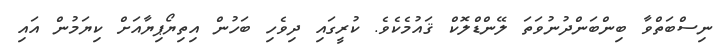
ނިސްބަތްވާ ބިންބަންދުނުވަތަ ލޭންޑްލޮކް ޤައުމެެކެވެ. ކުރީގައި ދިވެހި ބަހުން އިތިޔޯޕިޔާއަށް ކިޔަމުން އައި